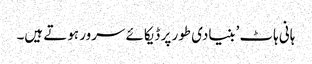
ہانی ہاٹ ’بنیادی طور پر ڈیکائے سرور ہوتے ہیں۔